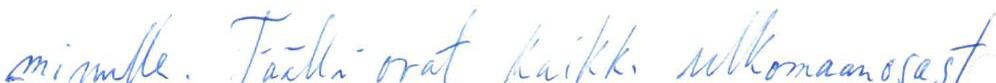
minulle. Täällä ovat kaikki ulkomaanosast